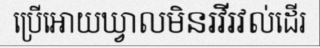
ប្រើអោយឃ្វាលមិនរវីរវល់ដើរ